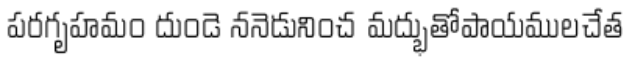
పరగృహమం దుండె ననెడునించ మద్భుతోపాయములచేత